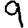
Digit: 9